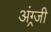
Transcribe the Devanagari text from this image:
अंग्र्जी